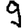
Digit: 9